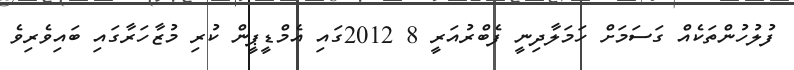
ފުލުހުންތަކެއް ގަސަމަށް ހަމަލާދިނީ ފެބްރުއަރީ 8 2012ގައި އެމްޑީޕީން ކުރި މުޒާހަރާގައި ބައިވެރިވެ